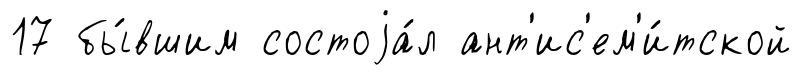
17 бы́вшим состоjа́л ант'ис'ем'и́тской